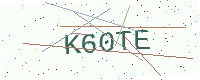
Text: K60TE